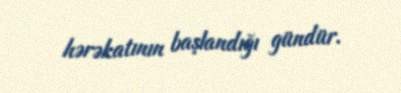
hərəkatının başlandığı gündür.